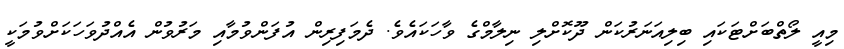
މިއީ ލޯތްބަށްޓަކައި ބިލިއަނަރުކަން ދޫކޮށްލި ނިލާމްގެ ވާހަކައެވެ. ދެމަފިރިން އުފަންވުމާއި މަރުވުން އެއްދުވަހަކަށްވުމަކީ